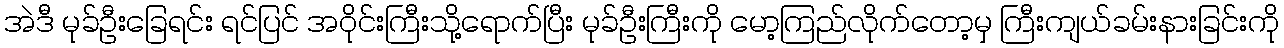
အဲဒီ မုခ်ဦးခြေရင်း ရင်ပြင် အဝိုင်းကြီးသို့ရောက်ပြီး မုခ်ဦးကြီးကို မော့ကြည်လိုက်တော့မှ ကြီးကျယ်ခမ်းနားခြင်းကို